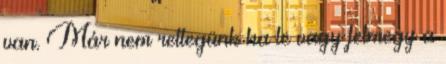
van. Már nem rettegünk ha le vagy felmegy a